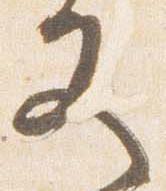
又